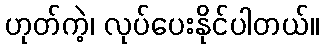
ဟုတ်ကဲ့၊ လုပ်ပေးနိုင်ပါတယ်။